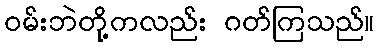
ဝမ်းဘဲတို့ကလည်း ဂတ်ကြသည်။